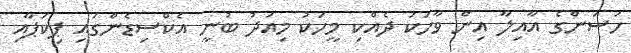
ހަސަންގެ އާއިލާ އިން ވާހަކަ ދެއްކި މީހަކު މިއަދު ބުނީ އެކްސިޑެންގައި ޕިކަޕާއި